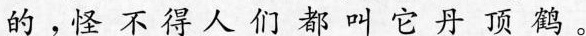
的。怪不得人们都叫它丹顶鹤。